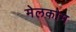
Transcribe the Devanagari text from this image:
मेलकोम